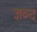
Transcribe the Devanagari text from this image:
ज्ञब्द